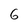
Character: 6